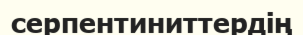
серпентиниттердің